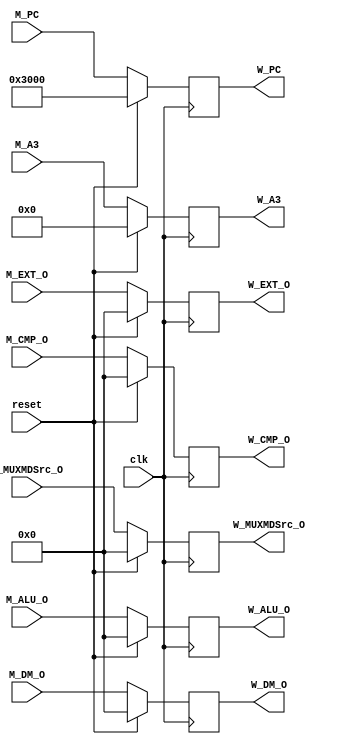
`timescale 1ns / 1ps
//////////////////////////////////////////////////////////////////////////////////
// Company: 
// Engineer: 
// 
// Design Name: 
// Module Name:    W_REG 
// Project Name: 
// Target Devices: 
// Tool versions: 
// Description: 
//
// Dependencies: 
//
// Revision: 
// Revision 0.01 - File Created
// Additional Comments: 
//
//////////////////////////////////////////////////////////////////////////////////
module W_REG(
    input clk,
    input reset,
    input [31:0] M_ALU_O,
    input [31:0] M_DM_O,
    input [31:0] M_PC,
    input [31:0] M_EXT_O,
	 input [31:0] M_CMP_O,
	 input [31:0] M_MUXMDSrc_O,
    input [4:0] M_A3,
    output reg [31:0] W_ALU_O,
    output reg [31:0] W_DM_O,
    output reg [31:0] W_PC,
    output reg [31:0] W_EXT_O,
	 output reg [31:0] W_CMP_O,
	 output reg [31:0] W_MUXMDSrc_O,
    output reg [4:0] W_A3
    );
	 initial begin
		W_ALU_O = 32'h00000000;
		W_DM_O = 32'h00000000;
		W_PC = 32'h00003000;
		W_EXT_O = 32'h00000000;
		W_CMP_O = 32'h00000000;
		W_MUXMDSrc_O = 32'h00000000;
		W_A3 = 5'b00000;
	 end
	 always@(posedge clk) begin
		if (reset) begin
			W_ALU_O <= 32'h00000000;
			W_DM_O <= 32'h00000000;
			W_PC <= 32'h00003000;
			W_EXT_O <= 32'h00000000;
			W_CMP_O <= 32'h00000000;
			W_MUXMDSrc_O <= 32'h00000000;
			W_A3 <= 5'b00000;
		end
		else begin
			W_ALU_O <= M_ALU_O;
			W_DM_O <= M_DM_O;
			W_PC <= M_PC;
			W_EXT_O <= M_EXT_O;
			W_CMP_O <= M_CMP_O;
			W_MUXMDSrc_O <= M_MUXMDSrc_O;
			W_A3 <= M_A3;
		end
	 end

endmodule